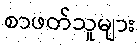
စာဖတ်သူများ